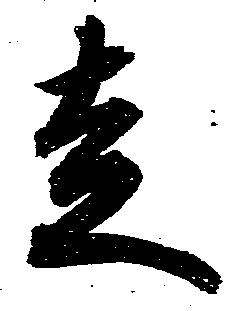
走